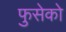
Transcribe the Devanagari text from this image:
फुसेको